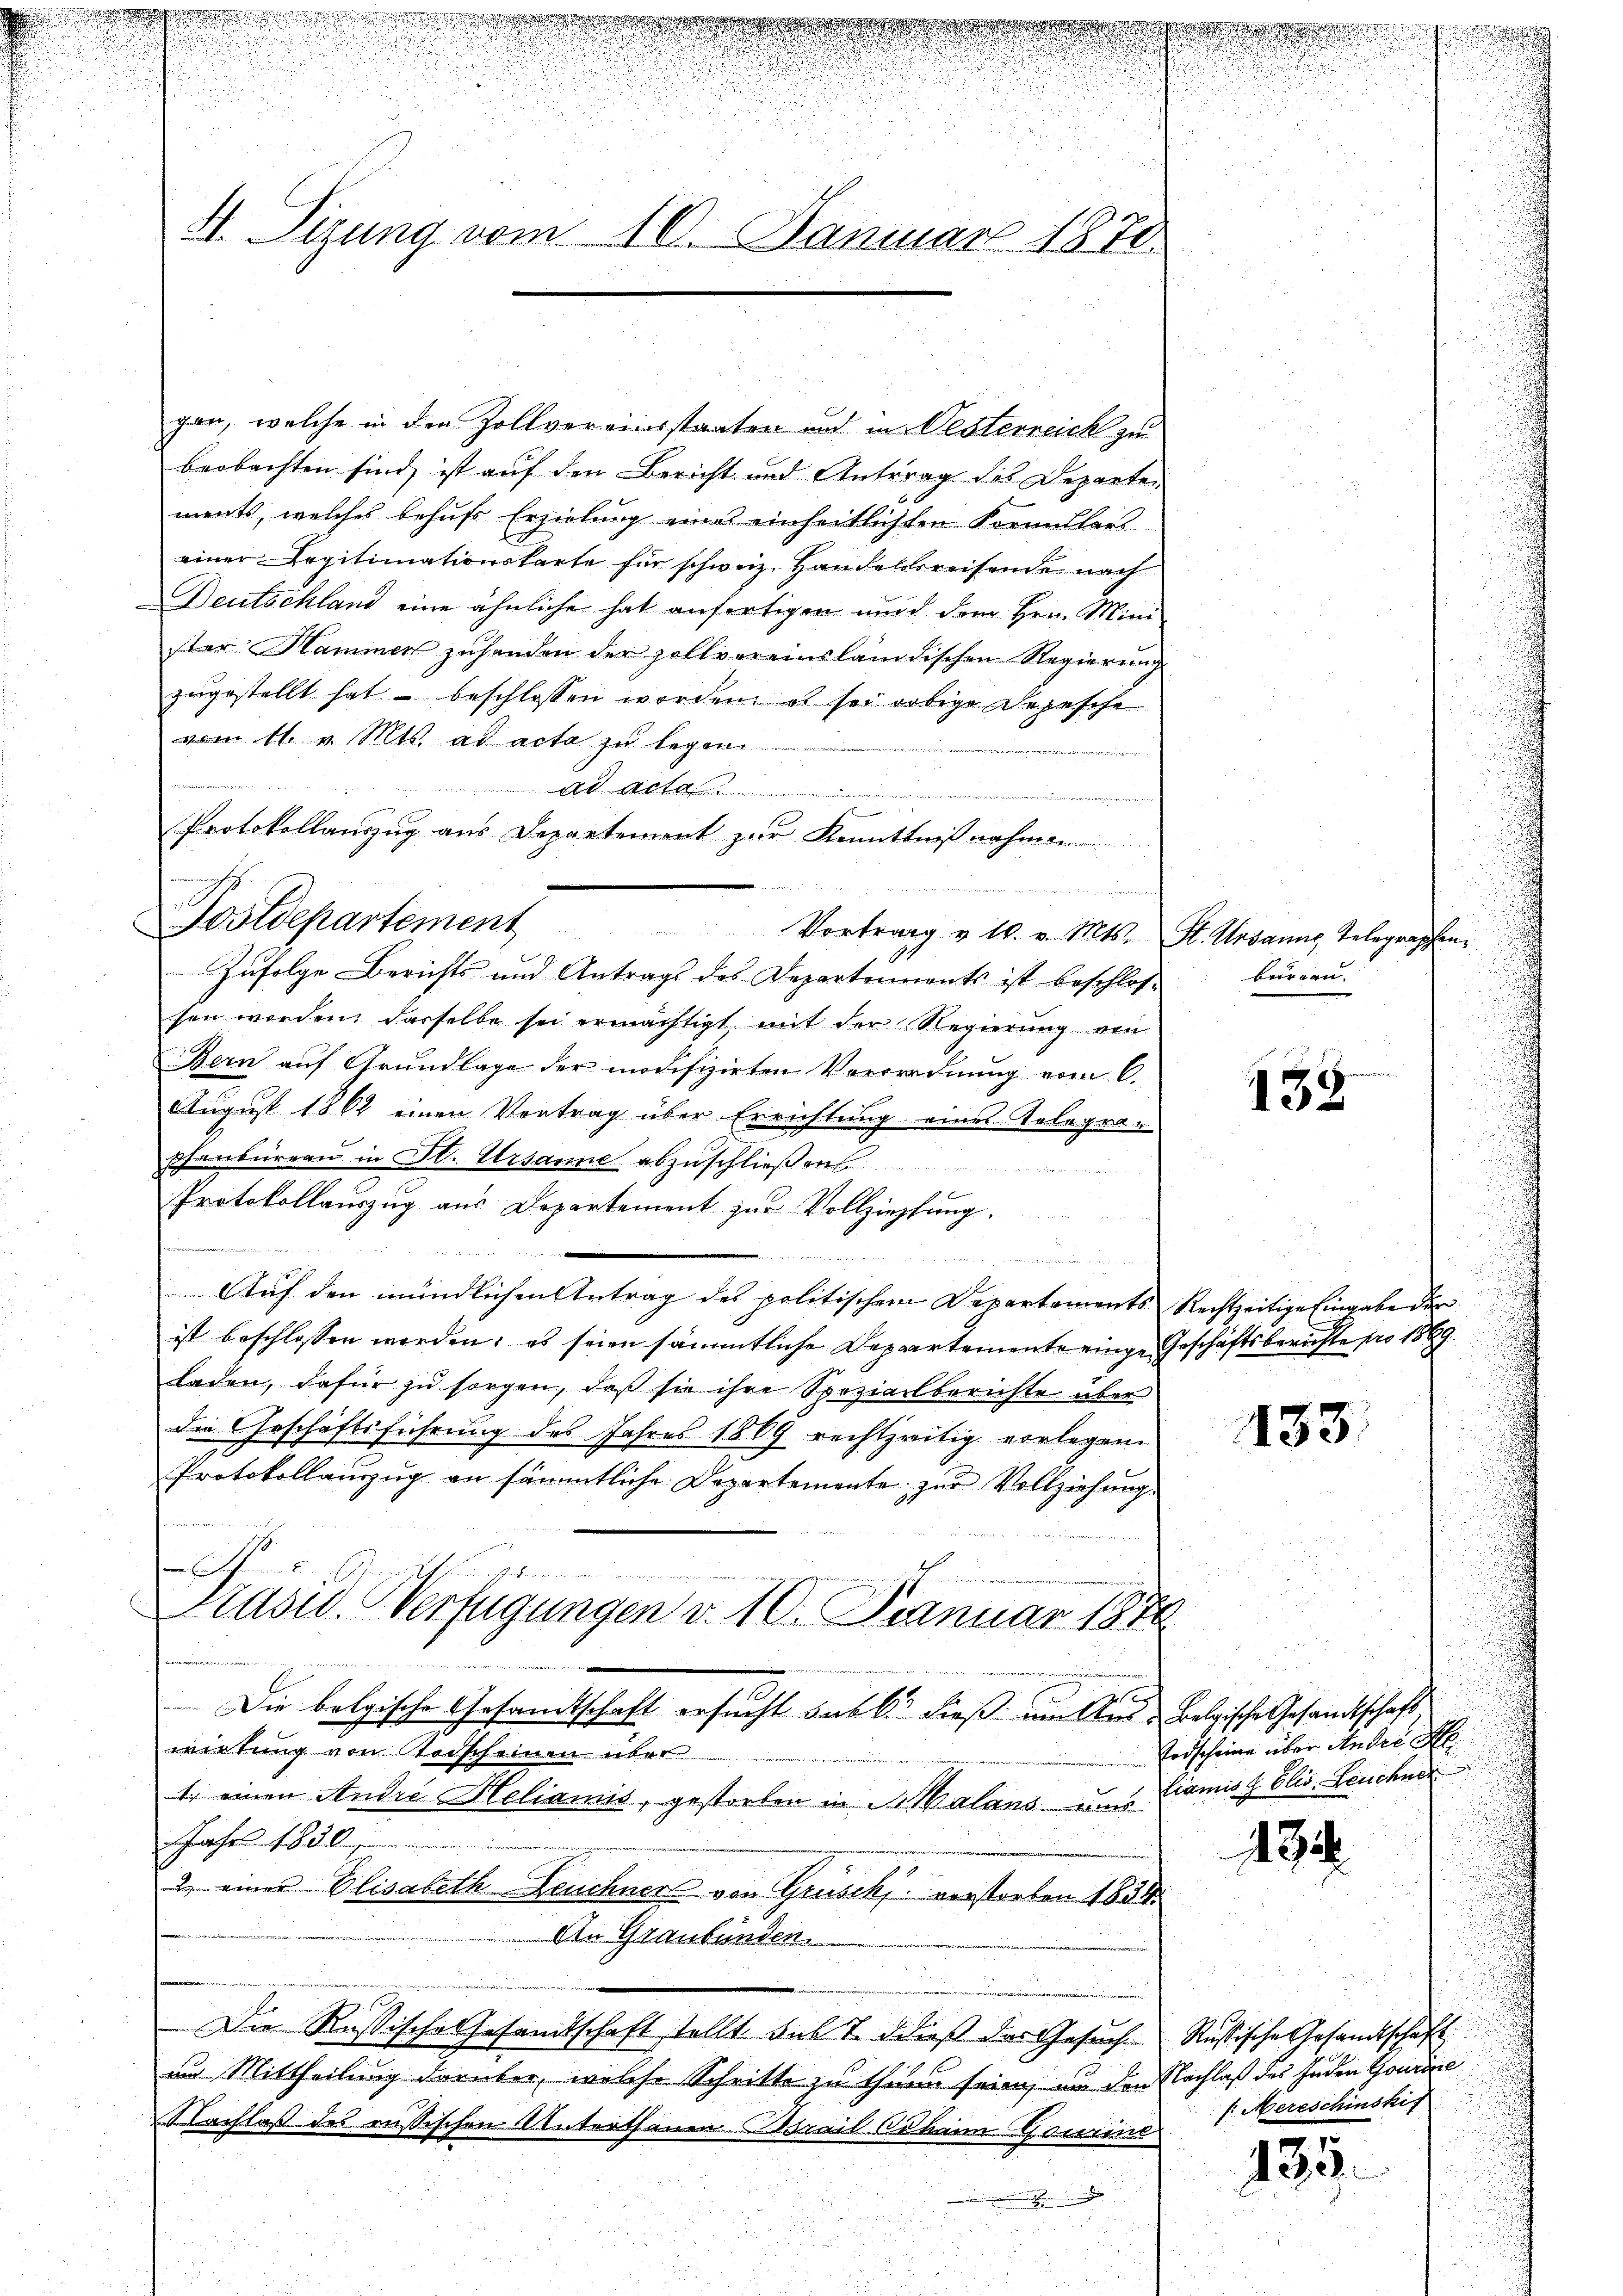
4. Sizung vom 16. Januar 1878

b Alte
Protokollauszug aus Departement zur Kenntnißnahmen
f

gen, welche in den Zollvereinsstaaten und in Desterreich zu
beobachten sind, ist auf den Bericht und Antrag des Departen
ments, welches behufs Erzielung eine einheitlichten Formulars
einer Legitimationskarte für schweiz. Handelsreisende nach
Deutschland eine ähnliche hat anfertigen und dem Hrn. Mini
ster Hammen zŭ handen der zollvereinsländischen Regierung
zugestellt hat – beschlossen worden, es sei obige Depesche
vom 11. v. Mts. ad acta zu legen
   un
Sostdepartement Vortrag v. 10. v. Mts. St. Ursanne, Telegraphen
Zufolge Berichts und Antrags des Departements ist beschlos-
sen worden, dasselbe sei ermächtigt mit der Regierung von
Bern auf Grundlage der modifizirten Verordnung vom 6.
August 1862 einen Vertrag über Errichtung eines Telegraphenbureau in St. Ursanne abzuschließen
Protokollauszug aus Departement zur Vollziehung.
.
¬
Auf den mündlichen Antrag des politischem Departements Rechtzeitige Eingabe der
ist beschlossen worden; es seien sämmtliche Departemente einge Geschäftsberichte pro 1869
laden, dafür zu sorgen, daß sie ihre Spezialberichte über
die Geschäftsführung des Jahres 1889 rechtzeitig vorlegen
Protokollauszug an sämmtliche Departemente zur Vollziehung
A
Präsid. Verfügungen d. 10. Januar 1870
 Die belgische Gesandtschaft ersucht sub b. dieß um Aus Belgische Gesandtschaft
wirkung von Todscheinen über
1 einen Andre Heliamis, gestorben in Malans und Comit Elis. Leuchnor
Jahr 1850
2. einer Elisabeth-Zeuchnort von Grusek vorstorben 1804.
An Graubünden.
e
Die Rußische Gesandtschaft stellt subt. Dieß das Gesuch
am Mittheilung darüber, welche Schritte zu thuen seien, um den Nachlaß des Juden Gourie
Nachlaß des russischen Unterthanen rail Johann Gawine
.

.
bureau
u

.
2

133

183.

Todscheine über Andre d

194.

Rustische Gesandtschaft
f. Mereschinskis

.
139.